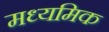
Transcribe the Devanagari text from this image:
मध्यमिक